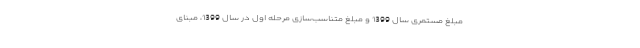
مبلغ مستمری سال 1399 و مبلغ متناسب‌سازی مرحله اول در سال 1399، مبنای